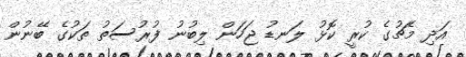
އަދި މެޗުގެ ކުރީ ކޮޅު ލަނޑު ޖަހަން ލިބުނު ފުރުސަތު ތަކުގެ ބޭނުން